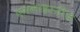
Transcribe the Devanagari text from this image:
एगनाइस्टीज़